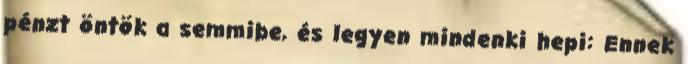
pénzt öntök a semmibe, és legyen mindenki hepi: Ennek